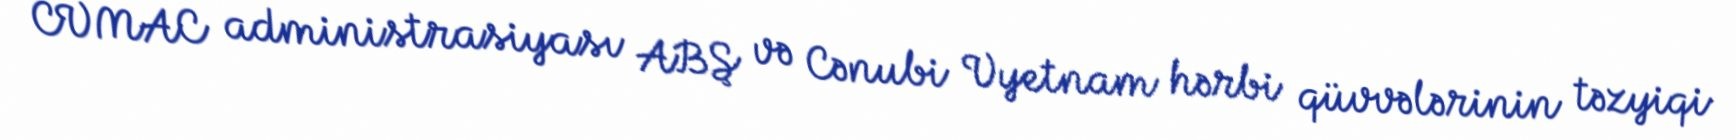
CVMAC administrasiyası ABŞ və Cənubi Vyetnam hərbi qüvvələrinin təzyiqi